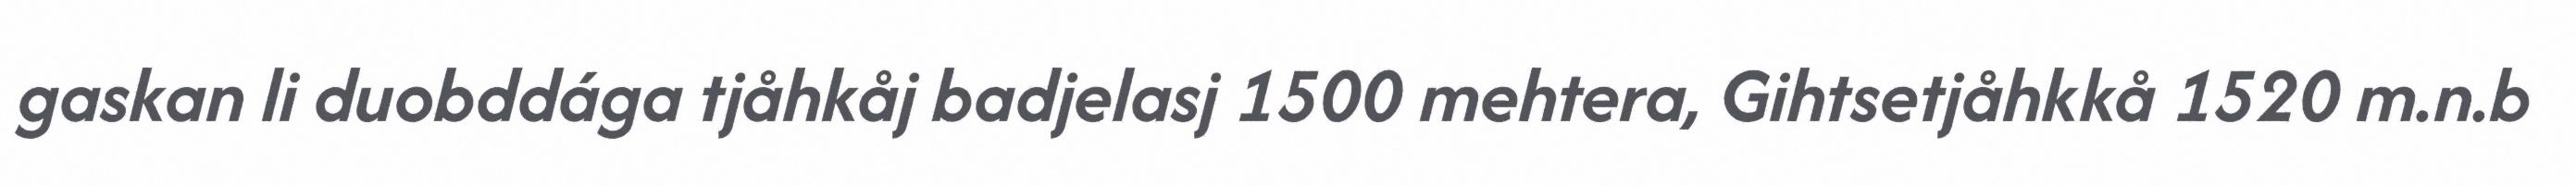
gaskan li duobddága tjåhkåj badjelasj 1500 mehtera, Gihtsetjåhkkå 1520 m.n.b